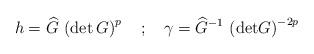
\begin{align*}h= \widehat{G} \, \left( \mbox{det} \, G \right) ^p \quad ; \quad \gamma = \widehat{G}^{-1} \, \left( \mbox{det} G \right) ^{-2p}\end{align*}